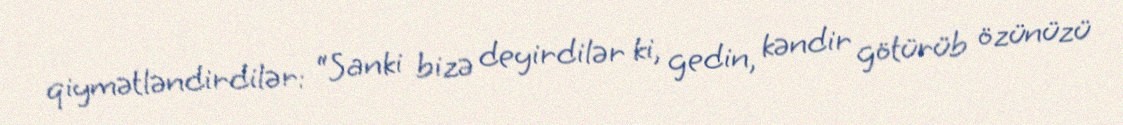
qiymətləndirdilər: “Sanki bizə deyirdilər ki, gedin, kəndir götürüb özünüzü